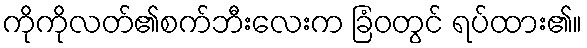
ကိုကိုလတ်၏စက်ဘီးလေးက ခြံဝတွင် ရပ်ထား၏။